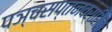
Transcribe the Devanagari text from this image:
पञ्चसप्तनवराशिक